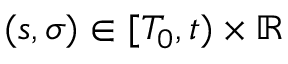
( s , \sigma ) \in [ T _ { 0 } , t ) \times \mathbb { R }